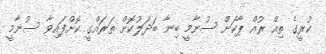
ކުރީގެ ތިއް ރުއް ޕާކަށް ސުނާމީ ބިނާ ބަދަލުކޮށް ތަރައްގީ ކޮށްފައިވާ ސުނާމީ